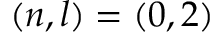
( n , l ) = ( 0 , 2 )